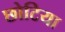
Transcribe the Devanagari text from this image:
छोटिया